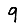
Digit: 9